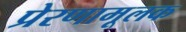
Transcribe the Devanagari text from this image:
प्रेरणामूलक